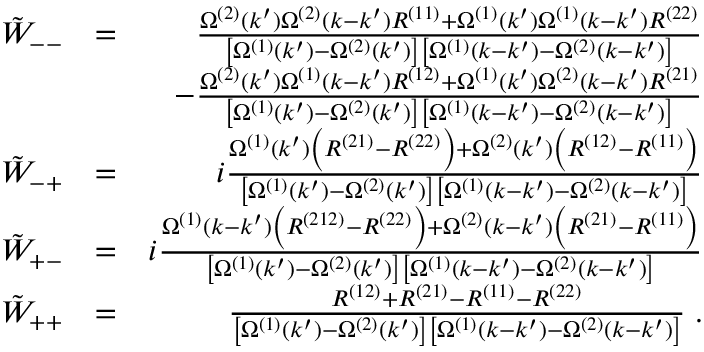
\begin{array} { r l r } { \tilde { W } _ { -- } } & { = } & { \frac { \Omega ^ { ( 2 ) } ( k ^ { \prime } ) \Omega ^ { ( 2 ) } ( k - k ^ { \prime } ) R ^ { ( 1 1 ) } + \Omega ^ { ( 1 ) } ( k ^ { \prime } ) \Omega ^ { ( 1 ) } ( k - k ^ { \prime } ) R ^ { ( 2 2 ) } } { \left[ \Omega ^ { ( 1 ) } ( k ^ { \prime } ) - \Omega ^ { ( 2 ) } ( k ^ { \prime } ) \right] \left[ \Omega ^ { ( 1 ) } ( k - k ^ { \prime } ) - \Omega ^ { ( 2 ) } ( k - k ^ { \prime } ) \right] } } \\ & { } & { - \frac { \Omega ^ { ( 2 ) } ( k ^ { \prime } ) \Omega ^ { ( 1 ) } ( k - k ^ { \prime } ) R ^ { ( 1 2 ) } + \Omega ^ { ( 1 ) } ( k ^ { \prime } ) \Omega ^ { ( 2 ) } ( k - k ^ { \prime } ) R ^ { ( 2 1 ) } } { \left[ \Omega ^ { ( 1 ) } ( k ^ { \prime } ) - \Omega ^ { ( 2 ) } ( k ^ { \prime } ) \right] \left[ \Omega ^ { ( 1 ) } ( k - k ^ { \prime } ) - \Omega ^ { ( 2 ) } ( k - k ^ { \prime } ) \right] } } \\ { \tilde { W } _ { - + } } & { = } & { i \frac { \Omega ^ { ( 1 ) } ( k ^ { \prime } ) \left( R ^ { ( 2 1 ) } - R ^ { ( 2 2 ) } \right) + \Omega ^ { ( 2 ) } ( k ^ { \prime } ) \left( R ^ { ( 1 2 ) } - R ^ { ( 1 1 ) } \right) } { \left[ \Omega ^ { ( 1 ) } ( k ^ { \prime } ) - \Omega ^ { ( 2 ) } ( k ^ { \prime } ) \right] \left[ \Omega ^ { ( 1 ) } ( k - k ^ { \prime } ) - \Omega ^ { ( 2 ) } ( k - k ^ { \prime } ) \right] } } \\ { \tilde { W } _ { + - } } & { = } & { i \frac { \Omega ^ { ( 1 ) } ( k - k ^ { \prime } ) \left( R ^ { ( 2 1 2 ) } - R ^ { ( 2 2 ) } \right) + \Omega ^ { ( 2 ) } ( k - k ^ { \prime } ) \left( R ^ { ( 2 1 ) } - R ^ { ( 1 1 ) } \right) } { \left[ \Omega ^ { ( 1 ) } ( k ^ { \prime } ) - \Omega ^ { ( 2 ) } ( k ^ { \prime } ) \right] \left[ \Omega ^ { ( 1 ) } ( k - k ^ { \prime } ) - \Omega ^ { ( 2 ) } ( k - k ^ { \prime } ) \right] } } \\ { \tilde { W } _ { + + } } & { = } & { \frac { R ^ { ( 1 2 ) } + R ^ { ( 2 1 ) } - R ^ { ( 1 1 ) } - R ^ { ( 2 2 ) } } { \left[ \Omega ^ { ( 1 ) } ( k ^ { \prime } ) - \Omega ^ { ( 2 ) } ( k ^ { \prime } ) \right] \left[ \Omega ^ { ( 1 ) } ( k - k ^ { \prime } ) - \Omega ^ { ( 2 ) } ( k - k ^ { \prime } ) \right] } \; . } \end{array}